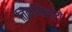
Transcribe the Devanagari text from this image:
तिलमिलाये